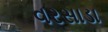
વરસાડા